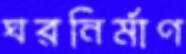
ঘরনির্মাণ